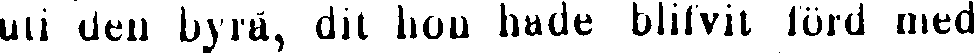
uti den byrå, dit hon hade blifvit förd med